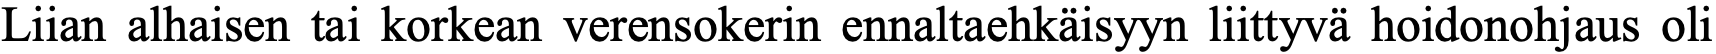
Liian alhaisen tai korkean verensokerin ennaltaehkäisyyn liittyvä hoidonohjaus oli